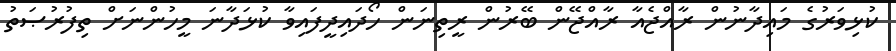
ކުޅިވަރުގެ މައިދާނުން ރާއްޖެއާ ރާއްޖޭން ބޭރުން ރީތިނަން ހޯދައިދީފައިވާ ކުޅަދާނަ މީހުންނަށް ތިފުރުޞަތު